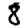
Digit: 8